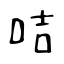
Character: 咭